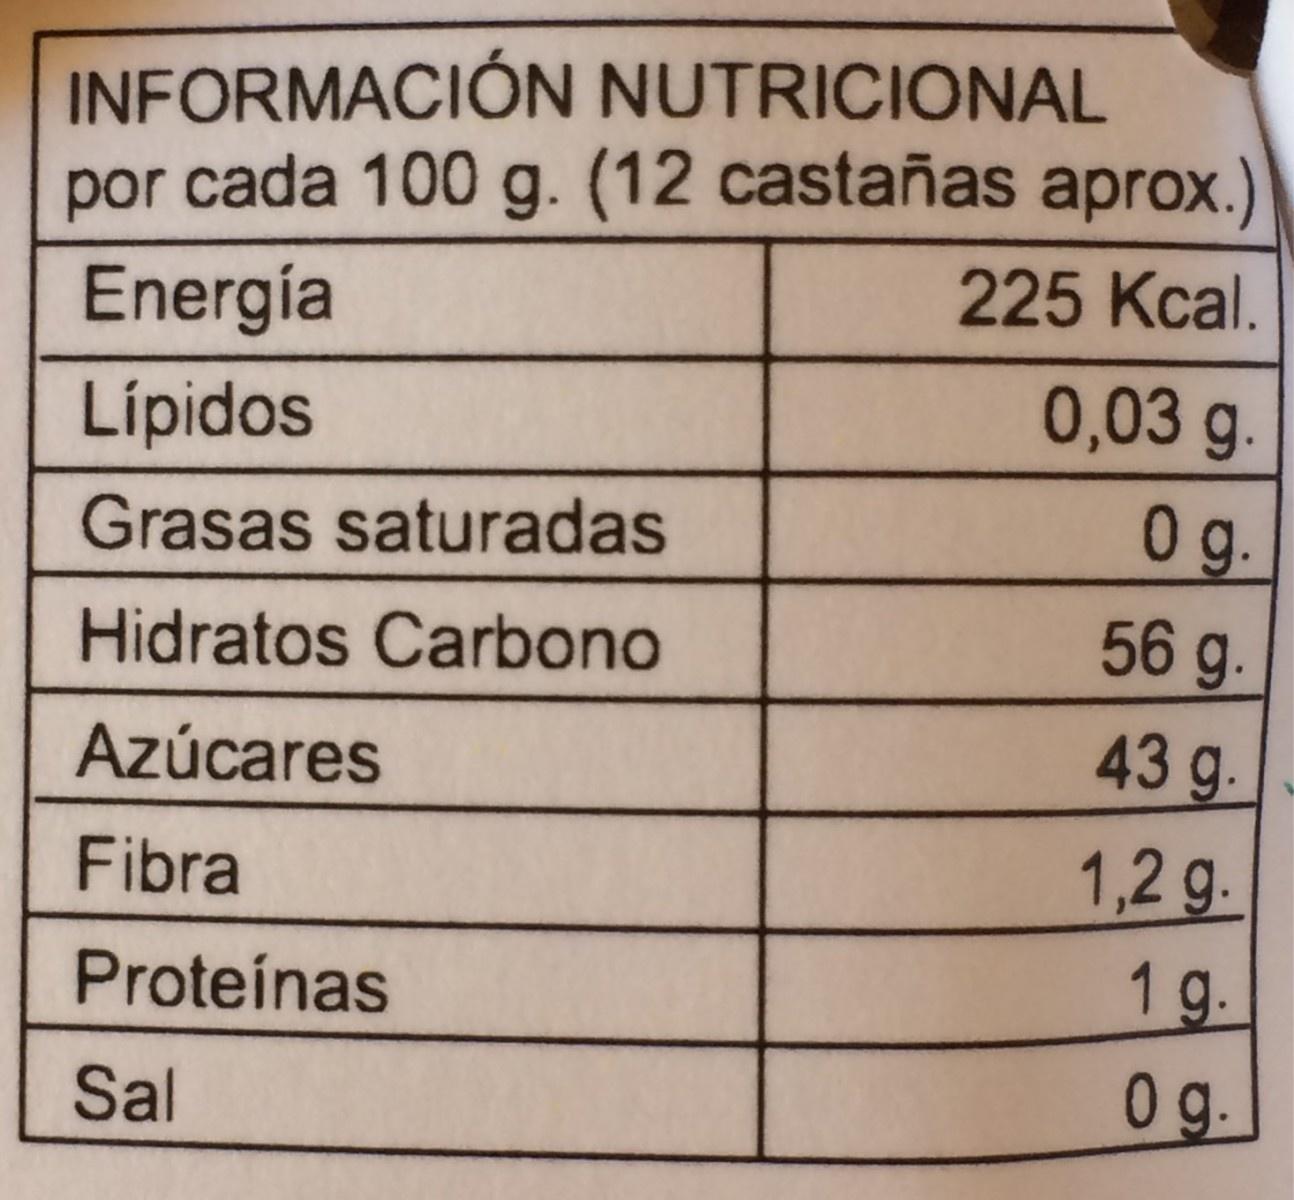
INFORMACIÓN NUTRICIONAL por cada 100 g. (12 castañas aprox.) 225 Kcal. Energía 0,03 g. Lípidos 0g. Grasas saturadas 56 g. Hidratos Carbono 43g. Azúcares 1,2 g. Fibra 1g. Proteínas 0g. Sal